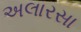
અલારસા